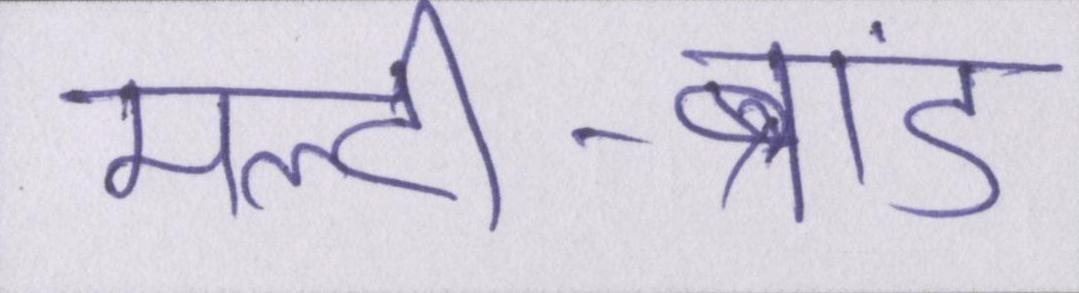
मल्टी-ब्रांड